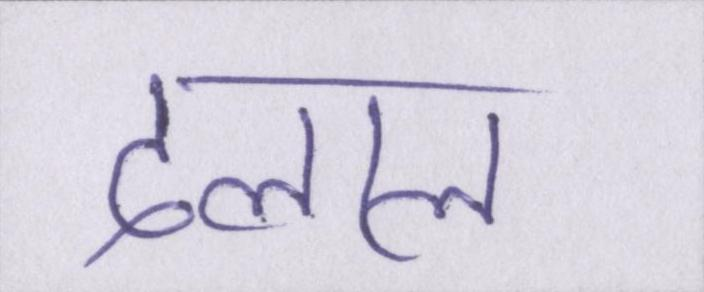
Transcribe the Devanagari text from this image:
दलाल